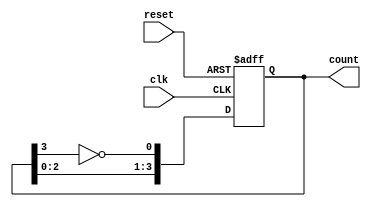
module johnson_counter #(parameter N = 4) (
    input wire clk,              // Clock input
    input wire reset,            // Asynchronous reset
    output reg [N-1:0] count     // Output count
);

// Always block triggered on the rising edge of the clock or reset
always @(posedge clk or posedge reset) begin
    if (reset) begin
        count <= 0;              // Reset the counter to 0
    end else begin
        // Johnson counter logic: Shift and feedback
        count <= {count[N-2:0], ~count[N-1]};
    end
end

endmodule